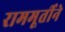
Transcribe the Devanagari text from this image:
राममूर्तीने